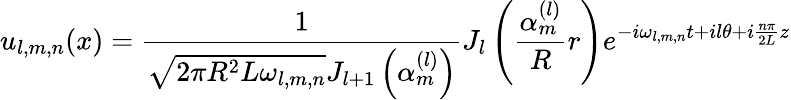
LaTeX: u_{l,m,n}(x)=\frac 1{\sqrt{2\pi R^{2}L\omega_{l,m,n}}J_{l+1}\left(\alpha_{m}^{(l)}\right)}J_{l}\left(\frac{\alpha_{m}^{(l)}}Rr\right)e^{-i\omega_{l,m,n}t+il\theta+i\frac{n\pi}{2L}z}